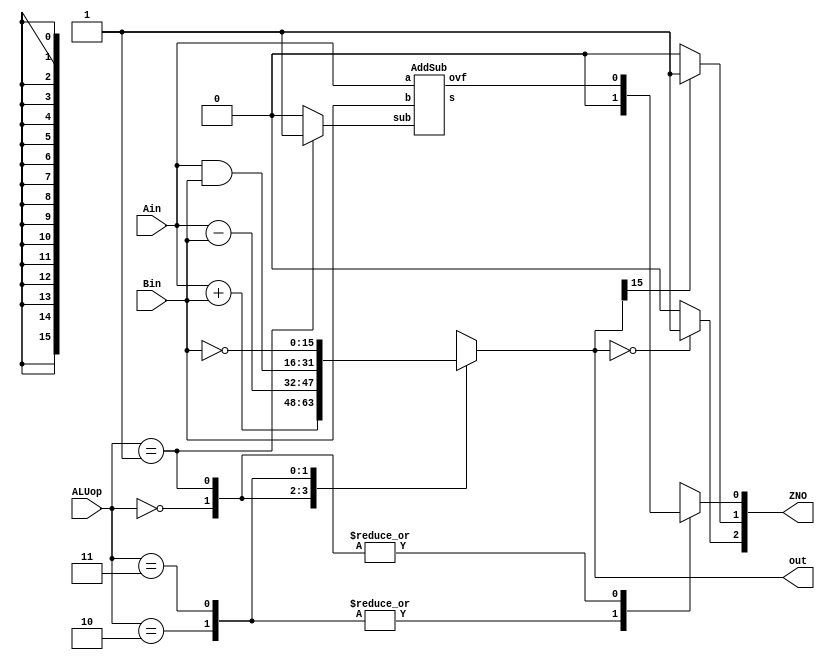
module ALU(Ain,Bin,ALUop,out,ZNO); 
input [15:0] Ain, Bin;
input [1:0] ALUop;
output reg[15:0] out;
output reg[2:0] ZNO; //zero negative overflow
wire sub,ovf;
wire [15:0] sum;


assign sub= (ALUop==2'b01)?1'b1:1'b0;

AddSub v(Ain,Bin,sub,sum,ovf);
always@(*)begin
 case(ALUop)
2'b00:out=Ain+Bin;
2'b01:out=Ain-Bin;
2'b10:out=Ain&Bin;
2'b11:out=~Bin;

 endcase
 ZNO[2] = ((out == 16'b0000000000000000)?  1'b1: 1'b0);
 ZNO[1] = ((out[15] == 1'b1) ? 1'b1: 1'b0);
case(ALUop) 
2'b10: ZNO[0] =1'b0;
2'b11: ZNO[0] = 1'b0;
2'b00: ZNO[0] =ovf;
2'b01: ZNO[0] =ovf;
default: ZNO[0] = 1'bx;
endcase

end


endmodule

module AddSub(a,b,sub,s,ovf) ;
  parameter n = 16 ;
  input [n-1:0] a, b ;
  input sub ;           // subtract if sub=1, otherwise add
  output [n-1:0] s ;
  output ovf ;          // 1 if overflow
  wire c1, c2 ;         // carry out of last two bits
  wire ovf = c1 ^ c2 ;  // overflow if signs don't match

  // add non sign bits
  Adder1 #(n-1) ai(a[n-2:0],b[n-2:0]^{n-1{sub}},sub,c1,s[n-2:0]) ;
  // add sign bits
  Adder1 #(1)   as(a[n-1],b[n-1]^sub,c1,c2,s[n-1]) ;
endmodule

module Adder1(a,b,cin,cout,s) ;
  parameter n = 8 ;
  input [n-1:0] a, b ;
  input cin ;
  output [n-1:0] s ;
  output cout ;
  wire [n-1:0] s;
  wire cout ;

  assign {cout, s} = a + b + cin ;
endmodule 



/*case(ALUop) 
2'b10: ZNO[0] =1'b0;
2'b11: ZNO[0] = 1'b0;
2'b00: ZNO[0] =ovf;
2'b01: ZNO[0] =ovf;
default: ZNO[0] = 1'bx;
endcase
*/


/*if(ALUop == 2'b10|2'b11) begin
 assign ZNO[0]= 1'b0;
end
 else 
 assign ZNO[0] = ~((Bin[15]^sub)^Ain[15]) & (Ain[15]^out[15]);
*/